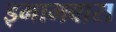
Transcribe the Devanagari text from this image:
इमामबारा